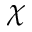
\chi